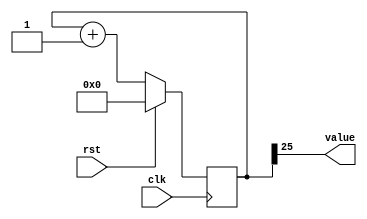
/*
   This file was generated automatically by Alchitry Labs version 1.2.0.
   Do not edit this file directly. Instead edit the original Lucid source.
   This is a temporary file and any changes made to it will be destroyed.
*/

/*
   Parameters:
     SIZE = 1
     DIV = 25
     TOP = 0
     UP = 1
*/
module counter_20 (
    input clk,
    input rst,
    output reg [0:0] value
  );
  
  localparam SIZE = 1'h1;
  localparam DIV = 5'h19;
  localparam TOP = 1'h0;
  localparam UP = 1'h1;
  
  
  reg [25:0] M_ctr_d, M_ctr_q = 1'h0;
  
  localparam MAX_VALUE = 26'h1ffffff;
  
  always @* begin
    M_ctr_d = M_ctr_q;
    
    value = M_ctr_q[25+0-:1];
    if (1'h1) begin
      M_ctr_d = M_ctr_q + 1'h1;
      if (1'h0 && M_ctr_q == 26'h1ffffff) begin
        M_ctr_d = 1'h0;
      end
    end else begin
      M_ctr_d = M_ctr_q - 1'h1;
      if (1'h0 && M_ctr_q == 1'h0) begin
        M_ctr_d = 26'h1ffffff;
      end
    end
  end
  
  always @(posedge clk) begin
    if (rst == 1'b1) begin
      M_ctr_q <= 1'h0;
    end else begin
      M_ctr_q <= M_ctr_d;
    end
  end
  
endmodule